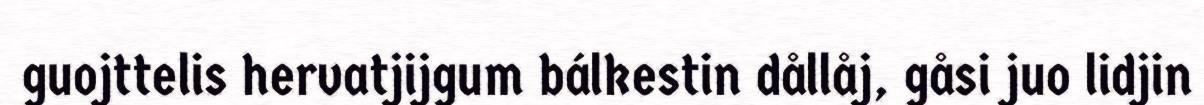
guojttelis hervatjijgum bálkestin dållåj, gåsi juo lidjin